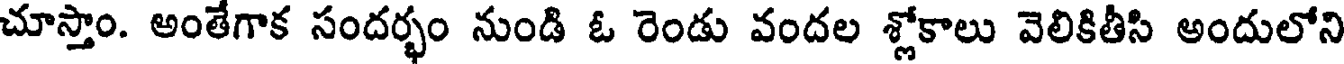
చూస్తాం. అంతేగాక సందర్భం నుండి ఓ రెండు వందల శ్లోకాలు వెలికితీసి అందులోని